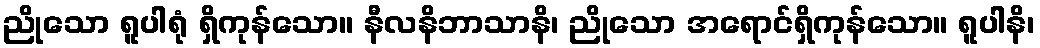
ညိုသော ရူပါရုံ ရှိကုန်သော။ နီလနိဘာသာနိ၊ ညိုသော အရောင်ရှိကုန်သော။ ရူပါနိ၊